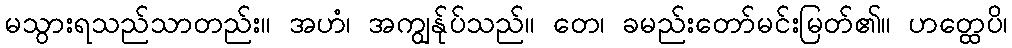
မသွားရသည်သာတည်း။ အဟံ၊ အကျွန်ုပ်သည်။ တေ၊ ခမည်းတော်မင်းမြတ်၏။ ဟတ္ထေပိ၊